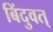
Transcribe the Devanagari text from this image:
बिंदुवत्